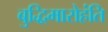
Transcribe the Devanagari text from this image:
बुद्धिमारोहंति